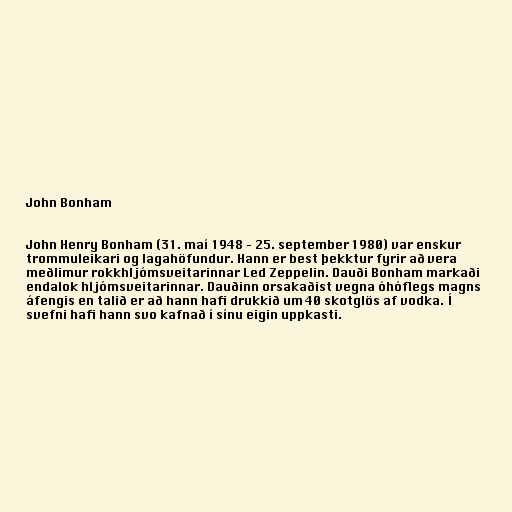
John Bonham

John Henry Bonham (31. maí 1948 – 25. september 1980) var enskur
trommuleikari og lagahöfundur. Hann er best þekktur fyrir að vera
meðlimur rokkhljómsveitarinnar Led Zeppelin. Dauði Bonham markaði
endalok hljómsveitarinnar. Dauðinn orsakaðist vegna óhóflegs magns
áfengis en talið er að hann hafi drukkið um 40 skotglös af vodka. Í
svefni hafi hann svo kafnað í sínu eigin uppkasti.